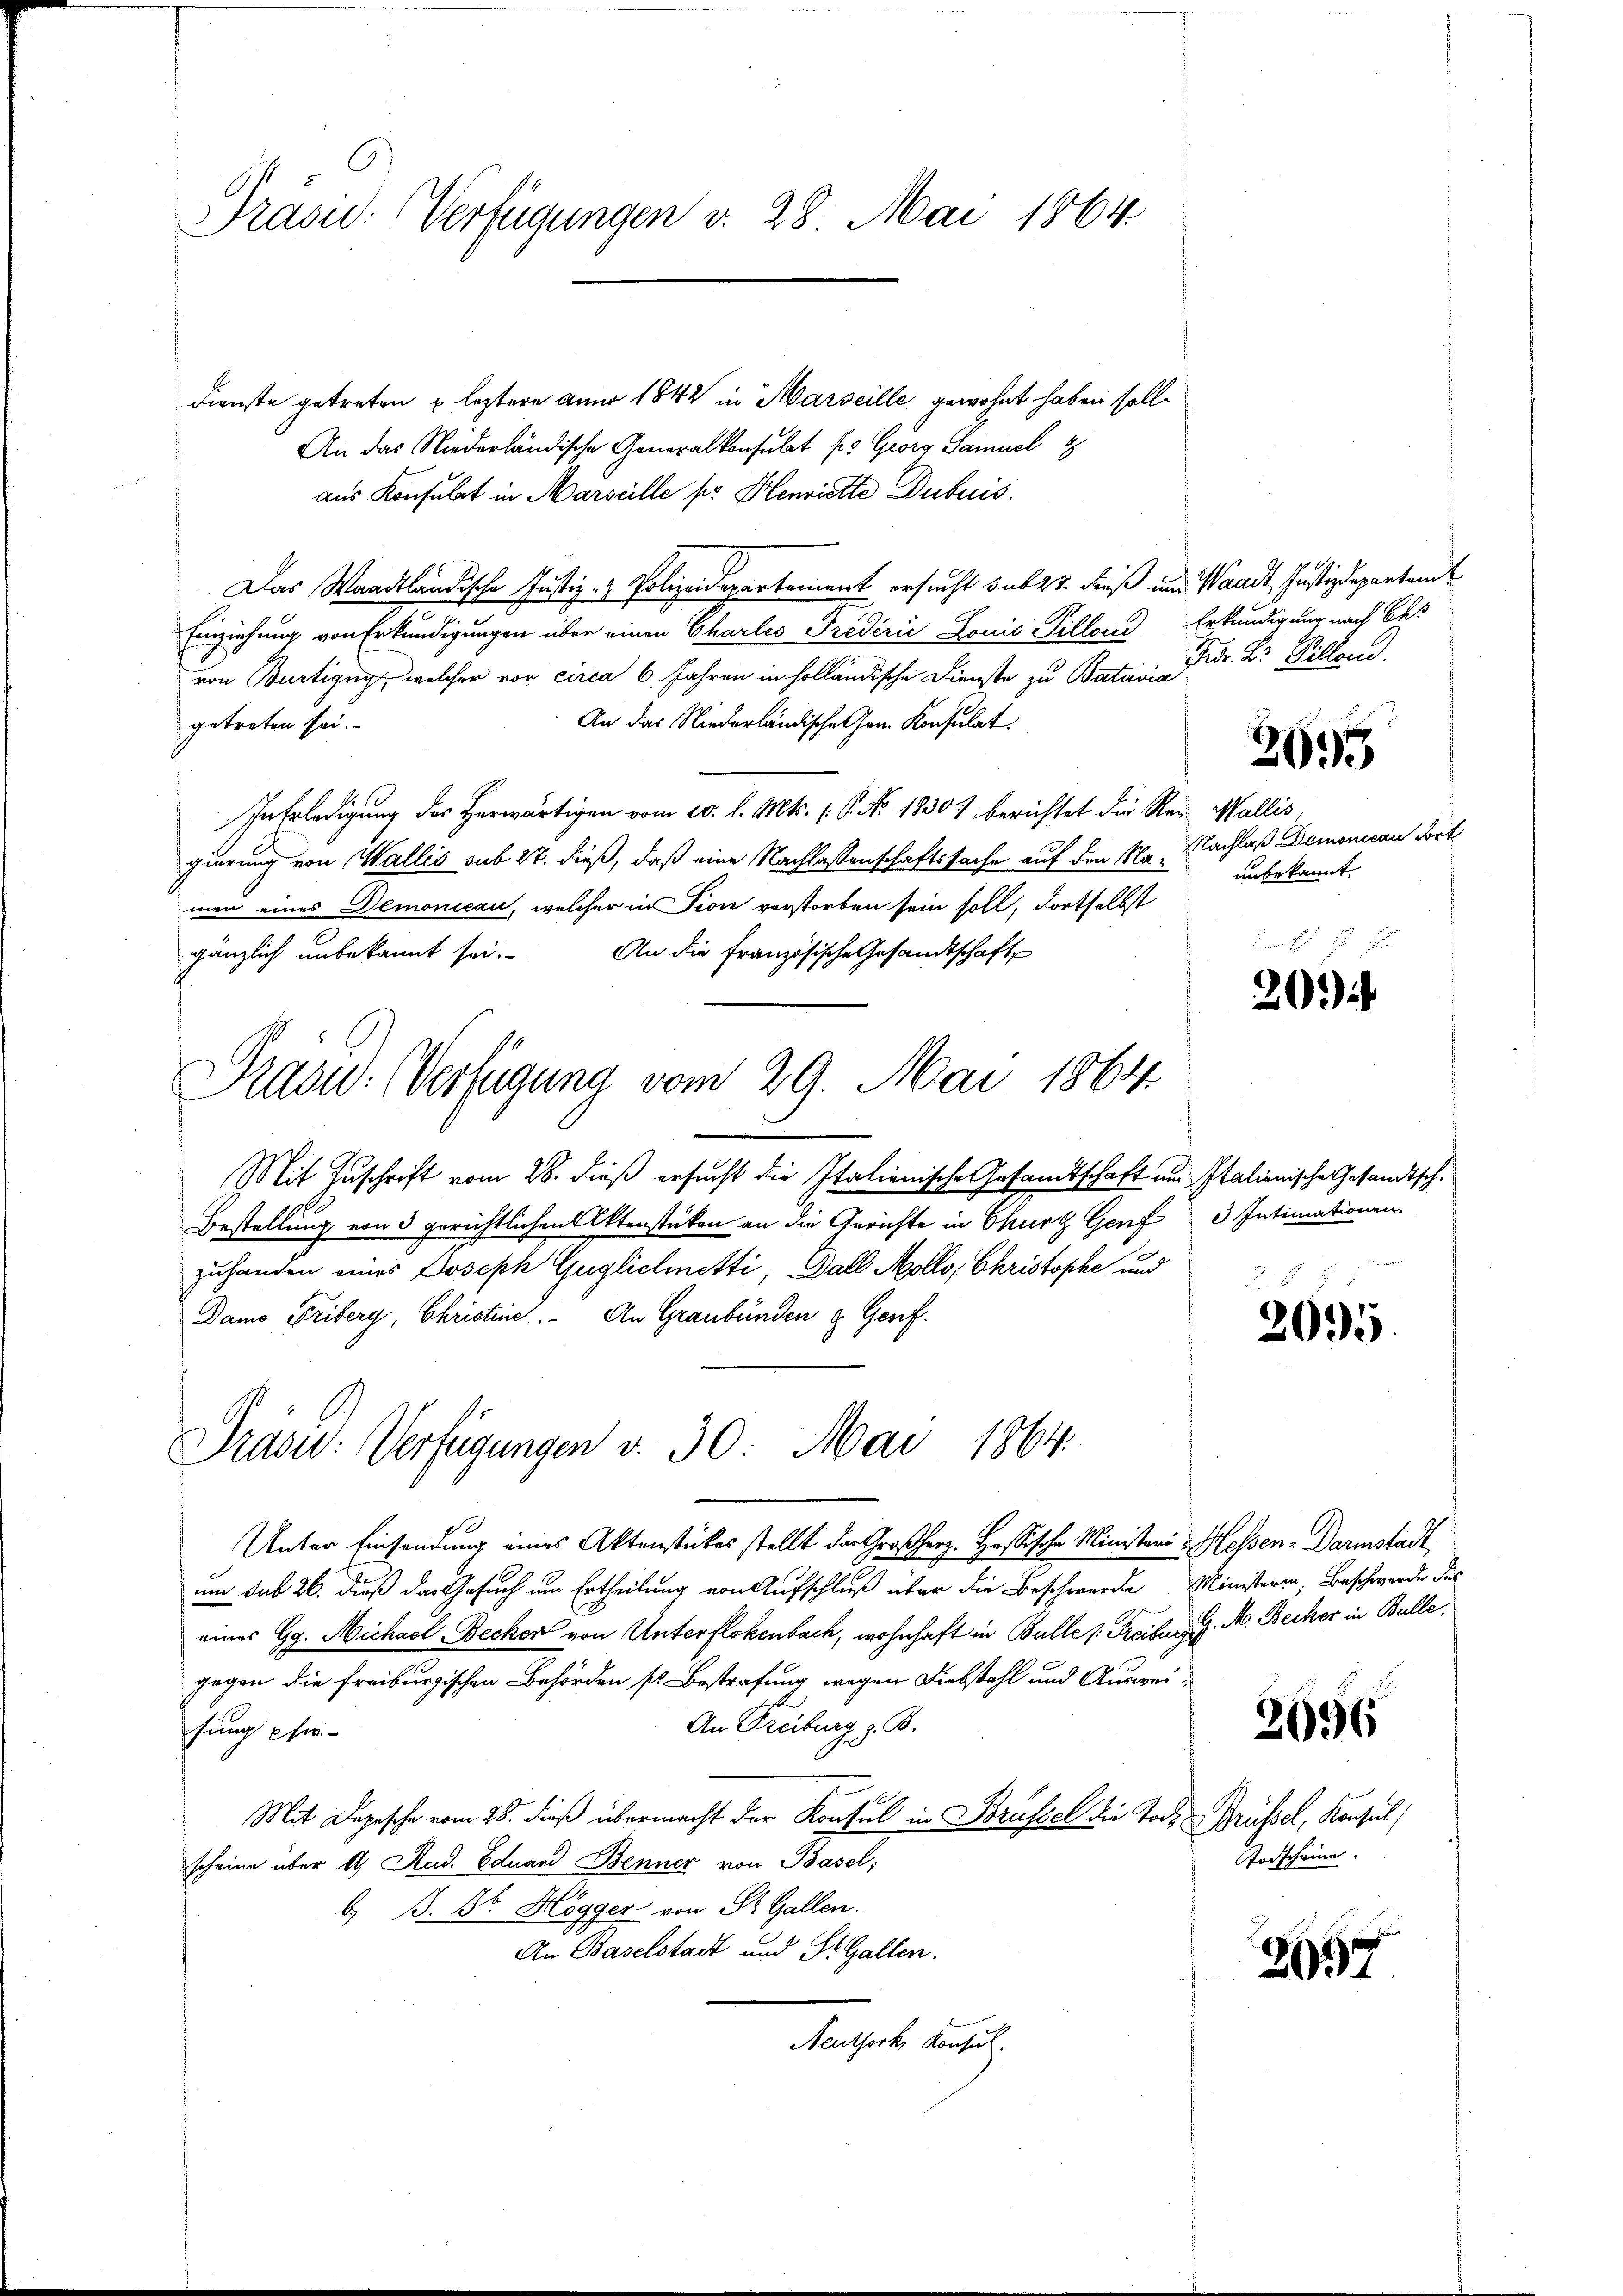
Präsid. Verfügungen v. 28. Mai 1864

Dienste getreten u. leztere anno 1842 in Marseille gewohnt haben soll.
An das Niederländische Generalkonsulat fr. Georg Samuel
aus Konsulat in Marseille pr. Henriette Dubuis.
Das Waadtländische Justiz- & Polizeidepartement ersucht sub 27. Freß und Waadt, Justizdepartem
Einziehung von Erkundigungen über einen Charles Frederić Louić Pillend Erkundigung nach Bes
von Bürtigung, welcher vor circa 6 Jahren in holländische Dienste zu Batair Dr. Dr Pillend,
An das Niederländische hrn. Konsulat
getreten sei.
In Erledigung des Herwärtigen vom 10. l. Mts. (T. No. 1830) berichtet die Rer. Wallis,
gierung von Wallis sub 27. dieß, daß eine Nachlassenschaftssache auf den Namen eines Demonieau, welcher in Fion verstorben sein soll, dortselbst
gänzlich unbekannt sei.
An die Französische Gesandtschaft
Präsid.: Verfügung vom 29. Mai 1864.
Mit Zuschrift vom 28. dieß ersucht die Italionische Gesamtschaft um Italienische Gesandtsch¬
Bestellung von 3 gerichtlichen Aktenstücken an die Gerichte in Chur Genf 3 Intimationen.
zuhanden eines Joseph Guglielmetti, Ball Mollo, Christophe und
Damo Triberg, Christine. An Graubünden & Genf.

Präsid. Verfügungen v. 30. Mai 1864.

Unter Einsendung eines Aktenstückes stellt der Großherz. Hesische Ministeri Hessen-Darmstadt
und sub 26. dieß das Gesuch um Ertheilung von Aufschluß über die Beschwerde Ministerin, Beschwerde des
eines Gg. Michael Becker von Unterflokenbach, wohnhaft in Bulle s. Freiburg d. M. Becker in Bulle,
gegen die freiburgischen Behörden s. Bestrafung wegen Diebstahl und Auswei¬
An Freiburg z. B.
fung pfir¬
Mit Depesche vom 28. dieß übermacht der Konsul in Brüssel die Tode Brüssel, Konsul
scheine über 14 Rud. Eduard Benner von Basel;
b. B. Br. Hogger von St. Gallen.
An Baselstadt und St. Gallen.
Neuthork, Konsul

2995

Nachlaß Demonican dort
unbekannt
Bonn

20)

2095

2096

Todscheine.

397